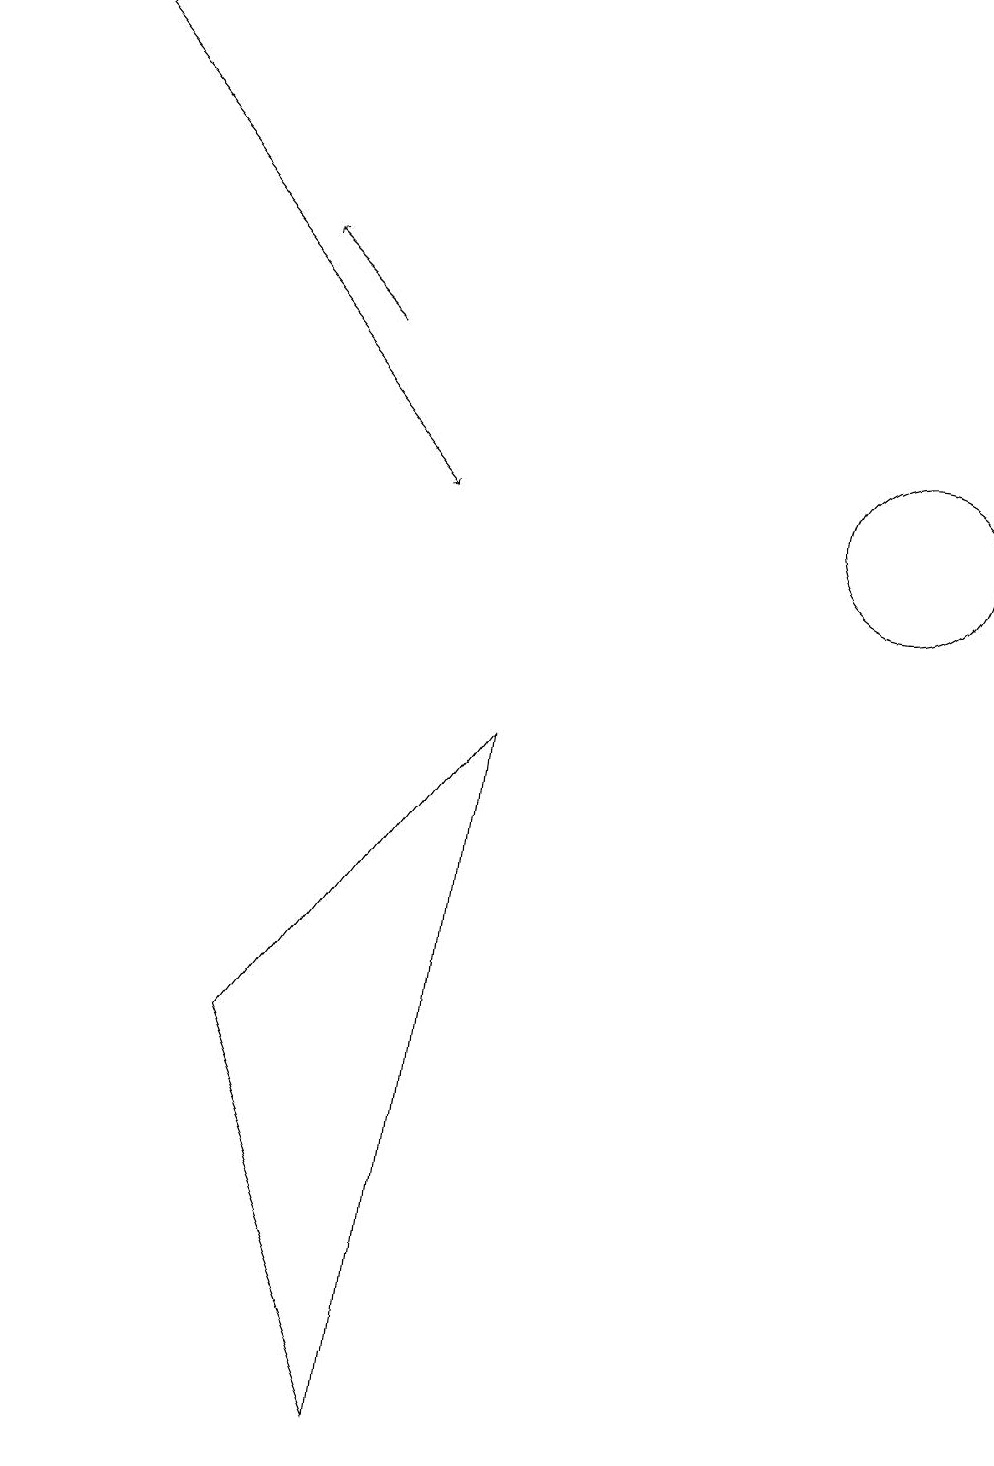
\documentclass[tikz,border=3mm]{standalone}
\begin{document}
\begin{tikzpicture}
\draw[->] (4,14) -- (3,15);
\draw (10,11) circle (0);
\draw (11,12) circle (1);
\draw[->] (0,18) -- (5,12);
\draw (6,9) -- (3,5) -- (5,0) -- cycle;
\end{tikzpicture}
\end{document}